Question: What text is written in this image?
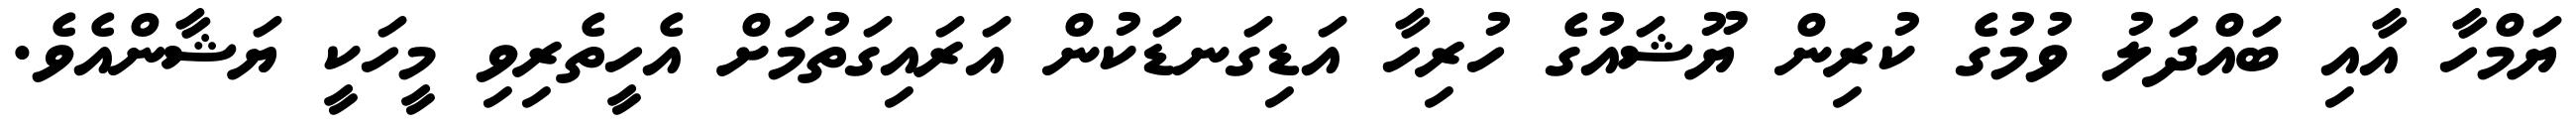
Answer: ޔަމްހާ އާއި ބައްދަލު ވުމުގެ ކުރިން ޔޫޝައުގެ ހުރިހާ އަޑިގަނޑަކުން އަރައިގަތުމަށް އެހީތެރިވި މީހަކީ ޔަޝާންއެވެ.